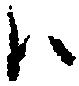
ハ